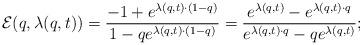
LaTeX: \begin{align*}\mathcal{E}(q,\lambda(q,t))=\frac{-1+e^{\lambda(q,t)\cdot (1-q)}}{1-qe^{\lambda(q,t)\cdot(1-q)}}=\frac{e^{\lambda(q,t)}-e^{\lambda(q,t)\cdot q}}{e^{\lambda(q,t)\cdot q}-qe^{\lambda(q,t)}};\end{align*}